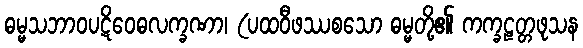
ဓမ္မသဘာဝပဋိဝေဓလက္ခဏာ၊ (ပထဝီဖဿစသော ဓမ္မတို့၏ ကက္ခဠတ္တဖုသန